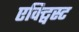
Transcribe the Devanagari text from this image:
एक्ट्विस्ट